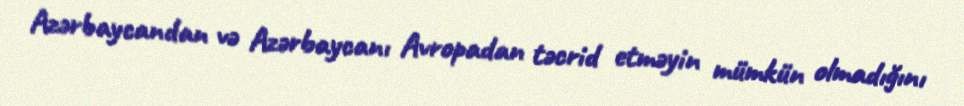
Azərbaycandan və Azərbaycanı Avropadan təcrid etməyin mümkün olmadığını